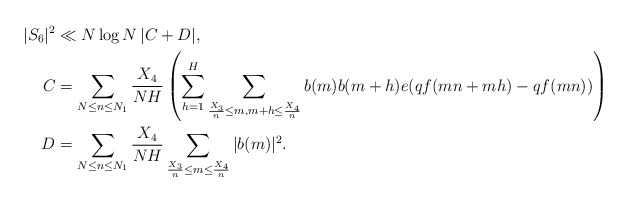
\begin{align*}|S_6|^2 &\ll N \log N \, |C+D|, \,\, \\ C &= \sum_{N \leq n \leq N_1} \frac{X_4}{NH} \left( \sum_{h=1}^H \sum_{\frac{X_3}{n} \leq m, m+h \leq \frac{X_4}{n}} b(m) b(m+h) e(qf(mn+mh) - qf(mn)) \right) \\D &= \sum_{N \leq n \leq N_1} \frac{X_4}{NH} \sum_{\frac{X_3}{n} \leq m \leq \frac{X_4}{n}} |b(m)|^2. \end{align*}